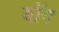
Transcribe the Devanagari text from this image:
बॉग